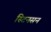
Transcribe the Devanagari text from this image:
स्टिनसन